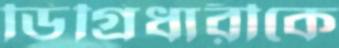
ডিগ্রিধারীকে